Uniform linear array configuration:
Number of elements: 12
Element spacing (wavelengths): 0.75
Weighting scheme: binomial
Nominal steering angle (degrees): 60
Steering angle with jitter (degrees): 58.951
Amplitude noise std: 0.05
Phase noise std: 0.05

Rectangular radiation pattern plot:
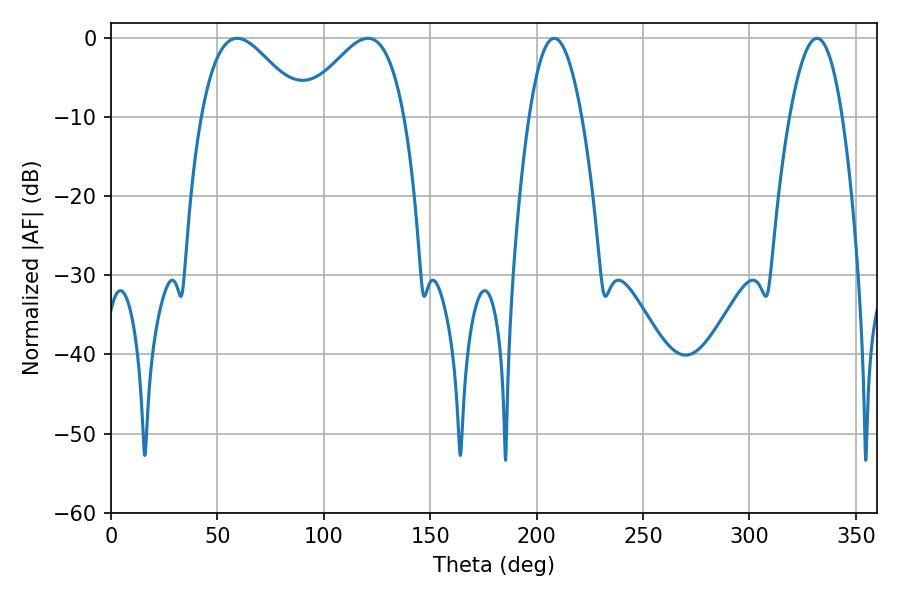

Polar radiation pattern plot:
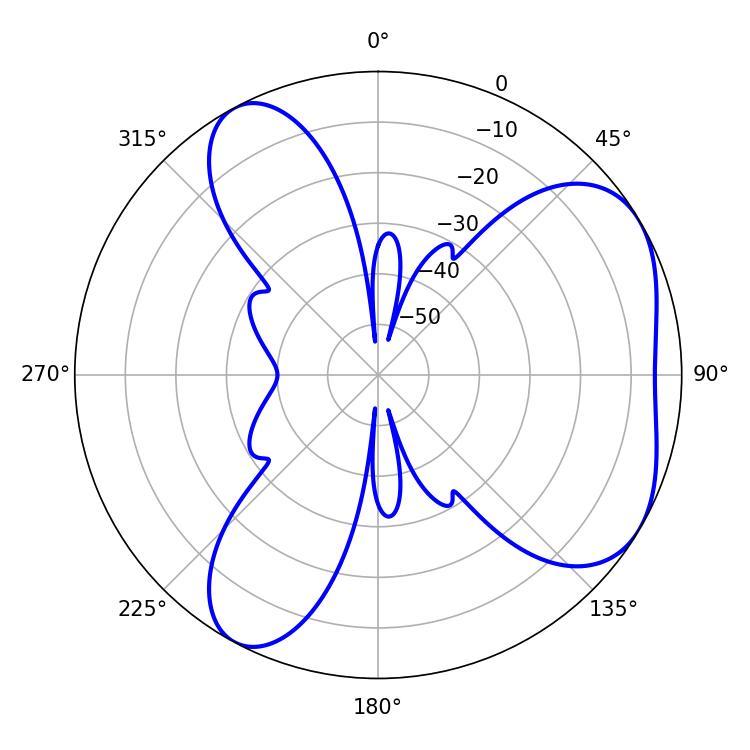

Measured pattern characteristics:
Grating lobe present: TRUE
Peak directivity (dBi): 5.06
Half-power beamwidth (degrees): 13.68
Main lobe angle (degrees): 208.26